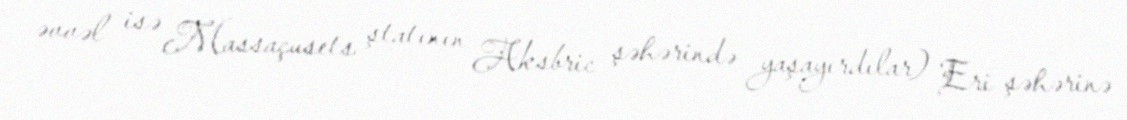
əvvəl isə Massaçusets ştatının Aksbric şəhərində yaşayırdılar) Eri şəhərinə